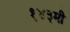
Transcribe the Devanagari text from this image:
१४३मी